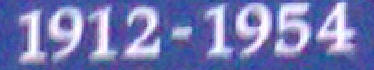
1912-1954